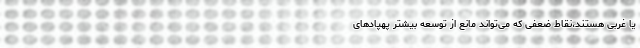
یا غربی هستند،‌نقاط ضعفی که می‌تواند مانع از توسعه بیشتر پهپادهای